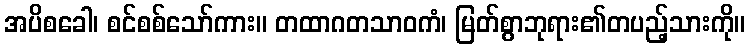
အပိစခေါ၊ စင်စစ်သော်ကား။ တထာဂတသာဝကံ၊ မြတ်စွာဘုရား၏တပည့်သားကို။